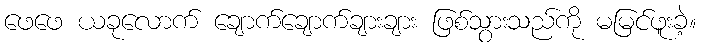
ဖေဖေ ယခုလောက် ချောက်ချောက်ချားချား ဖြစ်သွားသည်ကို မမြင်ဖူးခဲ့။